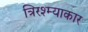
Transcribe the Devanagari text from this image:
त्रिरश्म्याकार